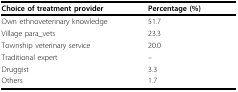
| Choice of treatment provider | Percentage (%) |
 | --- | --- |
 | Own ethnoveterinary knowledge | 51.7 |
 | Village para_vets | 23.3 |
 | Township veterinary service | 20.0 |
 | Traditional expert | -- |
 | Druggist | 3.3 |
 | Others | 1.7 |